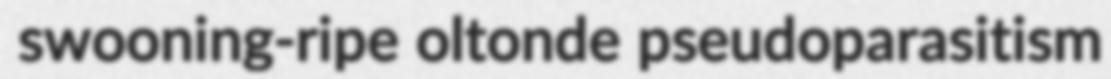
swooning-ripe oltonde pseudoparasitism